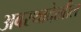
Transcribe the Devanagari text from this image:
अवस्थादेखील